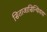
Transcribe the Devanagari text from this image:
सिताजासिन्धियया